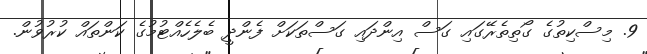
9. މިސްކިތުގެ ގޯތިތެރޭގައި ގަސް އިންދައި ގަސްތަކަށް ފެންދީ ބެލެހެއްޓުމުގެ ކަންތައް ކުރުވުން.